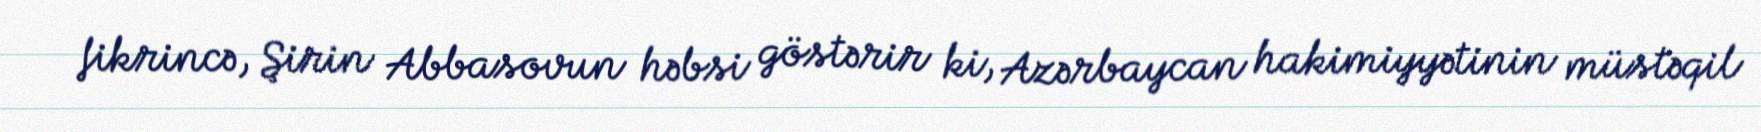
fikrincə, Şirin Abbasovun həbsi göstərir ki, Azərbaycan hakimiyyətinin müstəqil